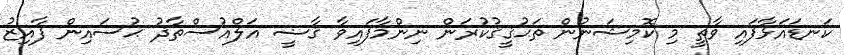
ކަނޑައަޅާފައި ވާތީ މި ކޮމިޝަނުން ތަޙުޤީޤުކުރަން ނިންމާފައިވާ ޤާޟީ އަލްއުސްތާޛު ޙުސައިން ފާއިޒު